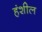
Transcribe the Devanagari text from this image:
हंशील